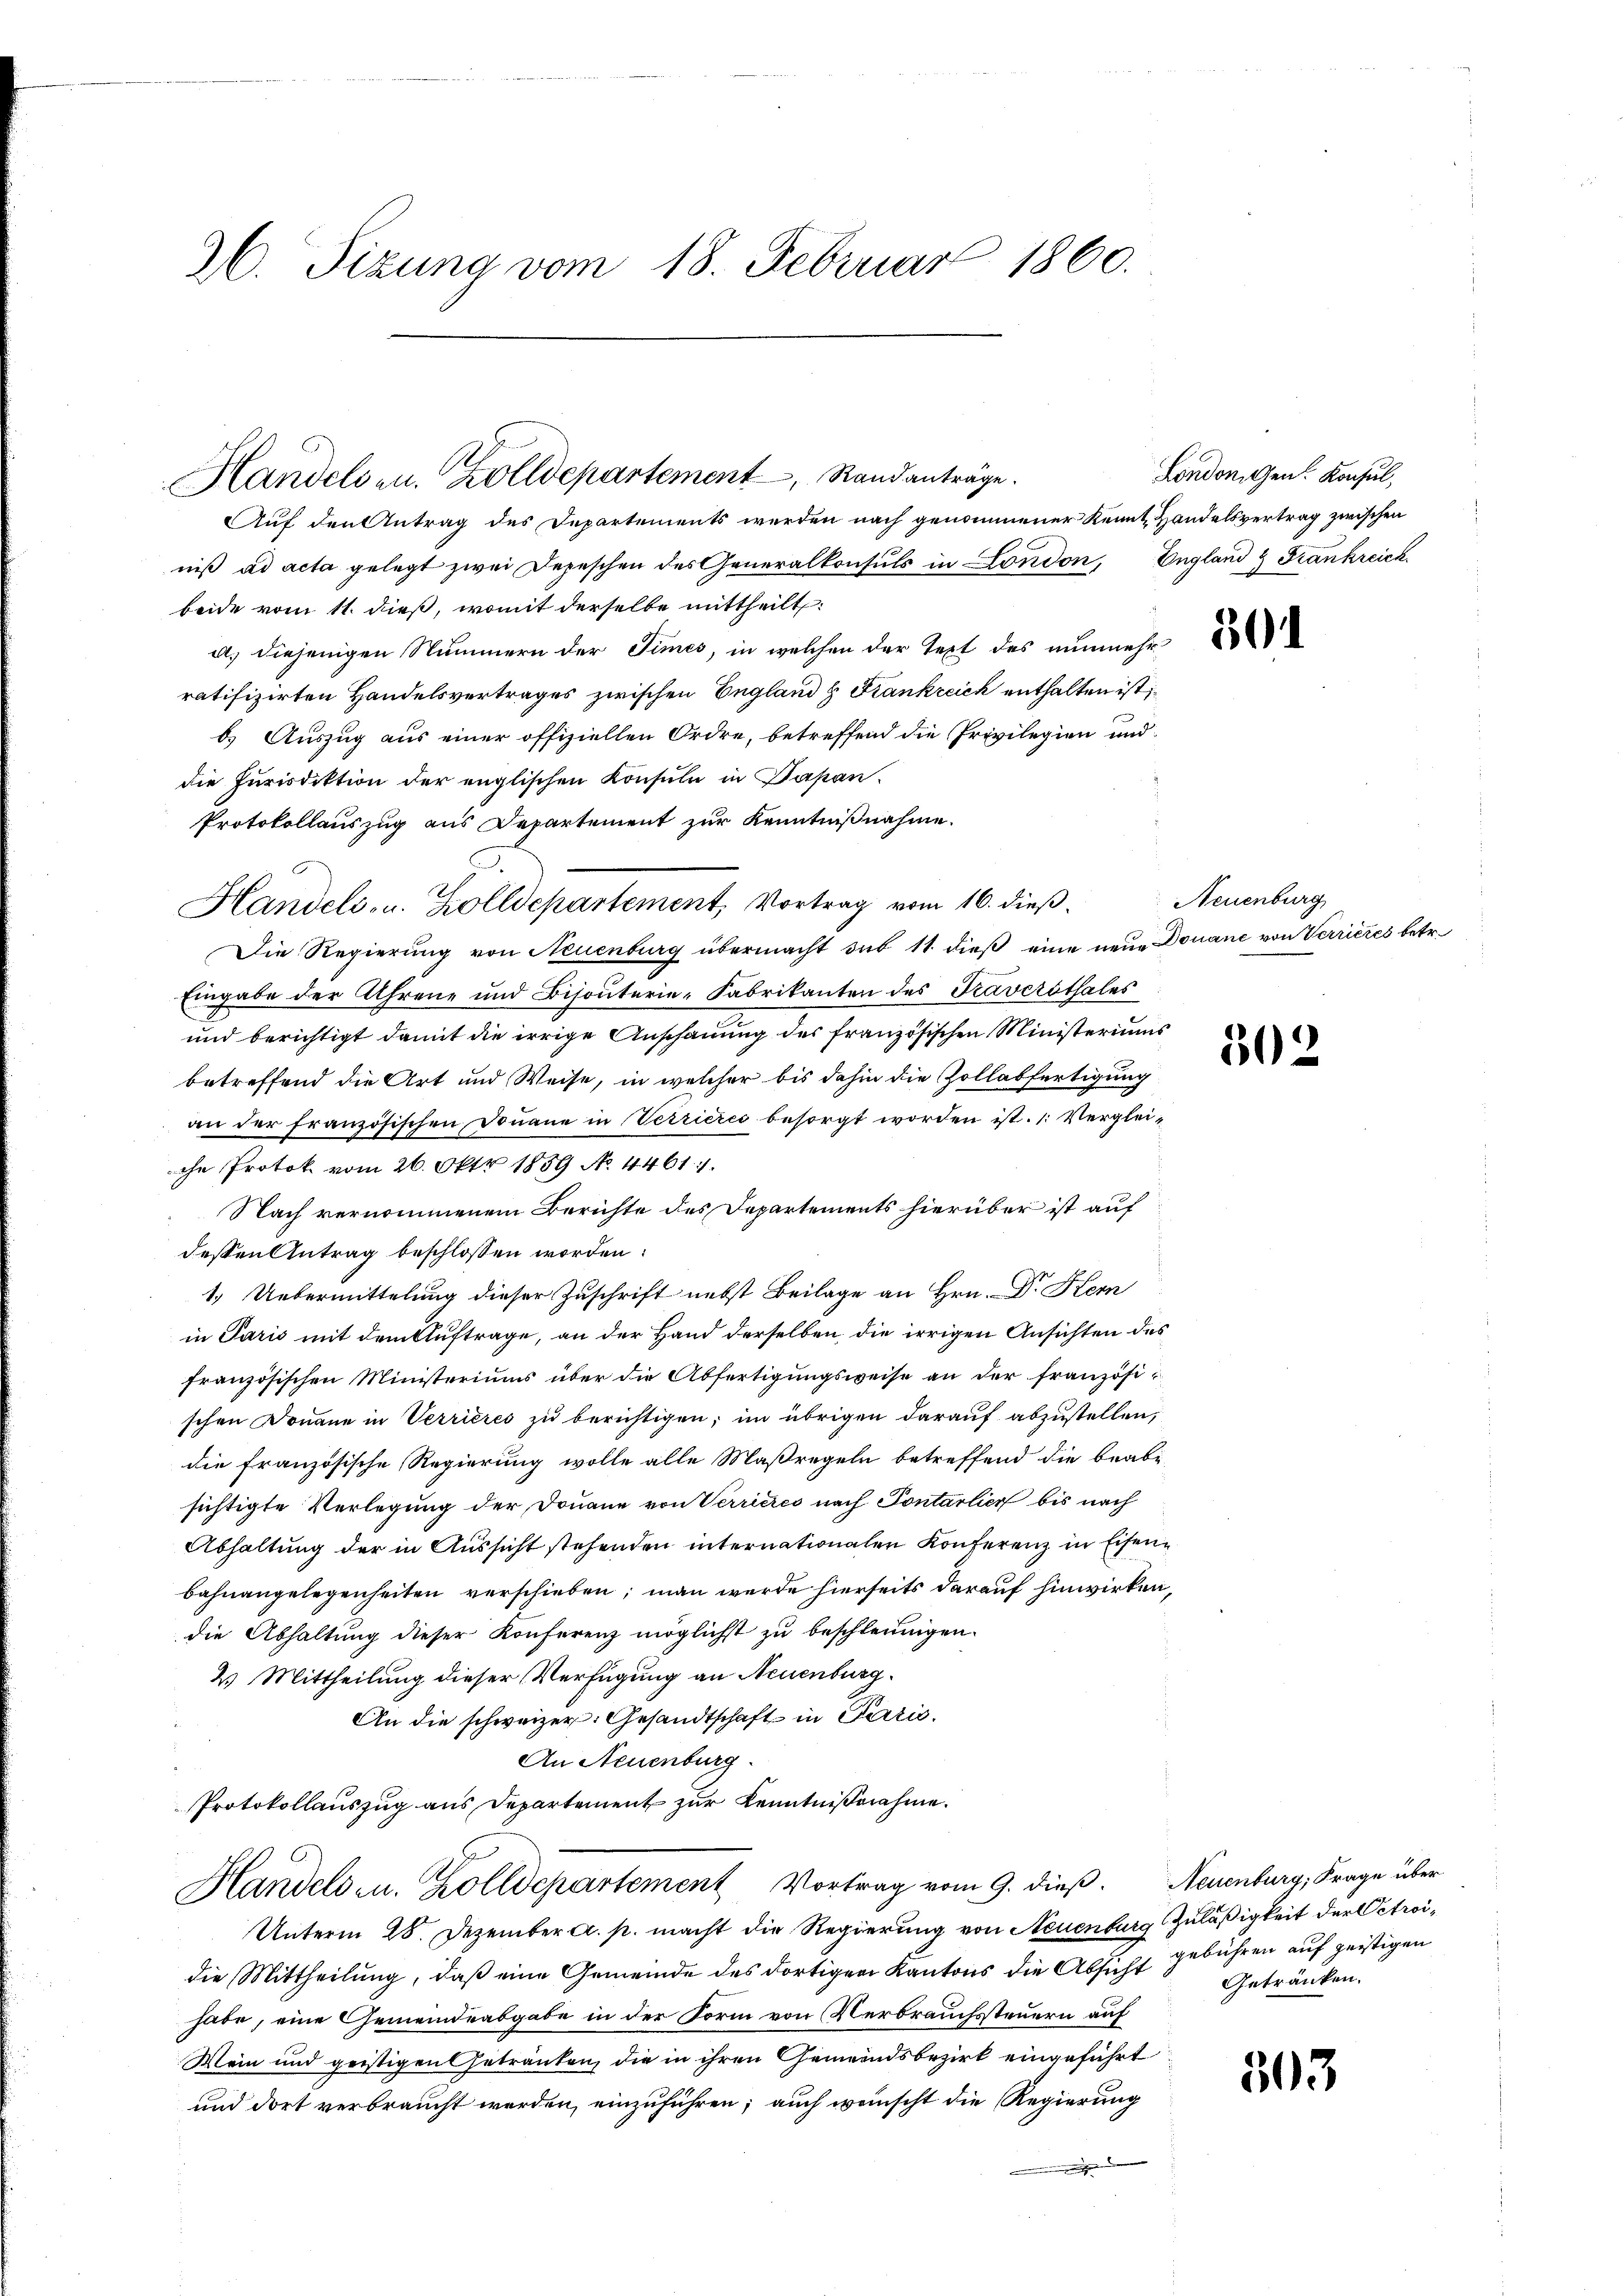
36. Sizung vom 18. Februar 1860.

Handelsen. Zolldepartement, Randanträge.

Auf den Antrag des Departements werden nach genommener Kennt Handelsvertrag zwischen
niß ad acta gelegt zwei Depeschen des Generalkonsuls in London, England & Frankreich
beide vom 11. dieß, womit derselbe mittheilt:
a. diejenigen Nummern der Times, in welchen der Text des nunmehr
ratifizirten Handelsvertrages zwischen England H. Frankreich enthalten ist;
b.) Auszug aus einer offiziellen Ordre, betreffend die Privilegien und
die Jurisdiktion der englischen Konsula in Papan¬
Protokollauszug aus Departement zur Kenntnißnahme.
Die Regierung von Neuenburg übermacht sub 11. dieß eine neue Douane von Verrieres betr.
Eingabe der Ahrene und Bijouterie-Fabrikanton des Taversthales
und berichtigt damit die irrige Anschauung des französischen Ministeriums
betreffend die Art und Weise, in welcher bis dahin die Zollabfertigung
an der französischen Donaue in Verrieres besorgt worden ist. (: Vergleiche Protok vom 26. Okt. 1889 No. 4461.
Nach vernommenem Berichte des Departements hierüber ist auf
dessen Antrag beschlossen worden:
1.) Uebermittelung dieser Zuschrift nebst Beilage an Hrn. Dr Kern
in Paris mit dem Auftrage, an der Hand derselben, die irrigen Ansichten des
französischen Ministeriums über die Abfertigungsweise an der französi-
schen Donaue in Verrieres zu berichtigen; im übrigen darauf abzustellen,
die französische Regierung wolle alle Maßregeln betreffend die beabi
sichtigte Verlegung der Douane von Verrieres nach Pontarlier bis nach
Abhaltung der in Aussicht stehenden internationalen Konferenz in Eisenbahnangelegenheiten verschieben; man werde hierseits darauf hinwirken,
die Abhaltung dieser Konferenz möglichst zu beschleunigen.
2. Mittheilung dieser Verfügung an Neuenburg.
An die schweizer. Gesandtschaft in Paris.
An Neuenburg.
Protokollauszug aus Departement zur Kenntnißnahme.
Handels- u. Zolldepartement Vortrag vom 9. dieß. Neuenburg, Frage über
Unterm 28. Dezember a. p. macht die Regierung von Neuenburg Zuläßigkeit der Petroidie Mittheilung, daß eine Gemeinde des dortigen Kantons die Absicht gebühren auf geistigen
habe, eine Gemeindeabgabe in der Form von Verbrauchssteuern auf
Wein und geistigen Getränken, die in ihren Gemeindsbezirk eingeführt
und dort verbraucht werden, einzuführen; auch weinscht die Regierung
e

Handels- u. Zolldepartement, Vortrag vom 16. dieß.

London Gen. Konsul,

301

Neuenburg

502

Getränken.

303